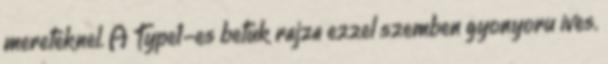
mereteknel. A Type1-es betuk rajza ezzel szemben gyonyoru ives.